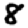
Digit: 8